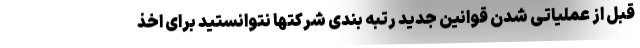
قبل از عملیاتی شدن قوانین جدید رتبه بندی شرکتها نتوانستید برای اخذ